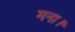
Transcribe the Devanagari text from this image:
मना।